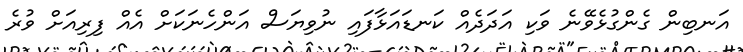
އަނބިން ގެންގުޅެވޭނެ ވަކި އަދަދެއް ކަނޑައަޅާފައި ނުވިޔަސް އަންހެނަކަށް އެއް ފިރިއަށް ވުރެ